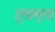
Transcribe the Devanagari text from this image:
दुखसुख